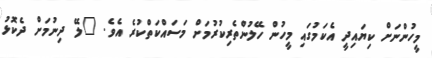
މީހުންނަށް ކިޔައިދީ އެކަމުގައި މީހުން ހޭލުންތެރިކުރުމަށް މަސައްކަތްކުރެ އެވެ. "ލޭ ދިނުމަށް ދެކޮޅު